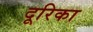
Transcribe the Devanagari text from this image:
दूरिका